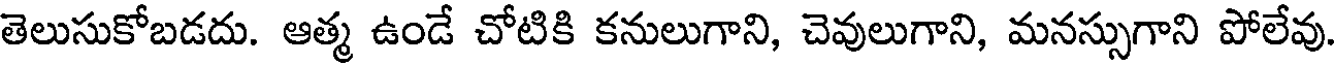
తెలుసుకోబడదు. ఆత్మ ఉండే చోటికి కనులుగాని, చెవులుగాని, మనస్సుగాని పోలేవు